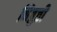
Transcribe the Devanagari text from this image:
निव्रुत्ती